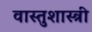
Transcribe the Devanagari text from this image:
वास्‍तुशास्‍त्री